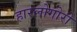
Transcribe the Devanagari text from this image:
हारलोगोरो